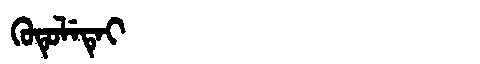
Manchu: ᡴᡠᡨᡠᠯᡝᡨᡝᡳ
Romanization: KUTULETEI